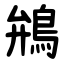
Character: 鴘